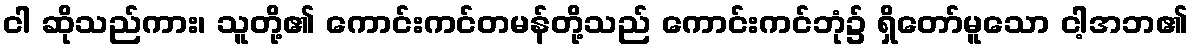
ငါ ဆိုသည်ကား၊ သူတို့၏ ကောင်းကင်တမန်တို့သည် ကောင်းကင်ဘုံ၌ ရှိတော်မူသော ငါ့အဘ၏